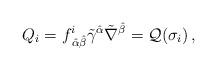
LaTeX: \begin{align*}Q_{i}=f^{i}_{\,\hat\alpha\hat\beta}\tilde\gamma^{\hat\alpha}\tilde\nabla^{\hat\beta}={\cal Q}(\sigma_{i})\,,\end{align*}